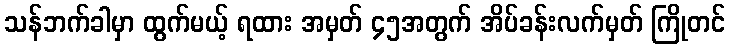
သန်ဘက်ခါမှာ ထွက်မယ့် ရထား အမှတ် ၄၅အတွက် အိပ်ခန်းလက်မှတ် ကြိုတင်